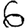
Digit: 6